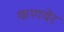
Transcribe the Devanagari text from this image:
कणवेर